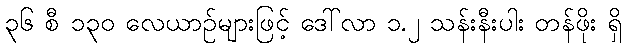
၃၆ စီ ၁၃၀ လေယာဉ်များဖြင့် ဒေါ်လာ ၁.၂ သန်းနီးပါး တန်ဖိုး ရှိ